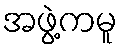
အဖွဲ့ကမူ